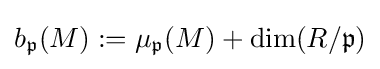
b_{\mathfrak {p}}(M):=\mu _{\mathfrak {p}}(M)+\operatorname {dim} (R/{\mathfrak {p}})